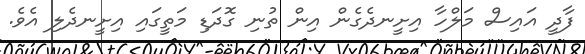
ފާދީ އައިސް މަލްހާ އިށީނދެގެން އިން ތުނި ގޮދަޑި މަތީގައި އިށީނދެލި އެވެ.